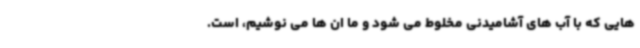
هایی که با آب های آشامیدنی مخلوط می شود و ما ان ها می نوشیم، است.